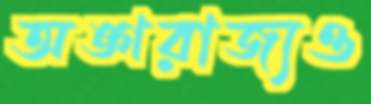
অঙ্গরাজ্যও